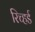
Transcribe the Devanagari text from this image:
रिच्हर्ड